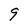
Character: 9